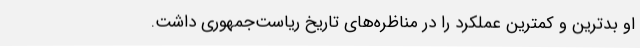
او بدترین و کمترین عملکرد را در مناظره‌های تاریخ ریاست‌جمهوری داشت.